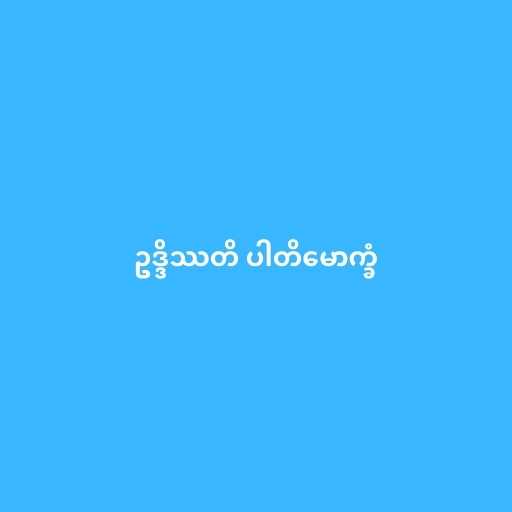
ဥဒ္ဒိဿတိ ပါတိမောက္ခံ